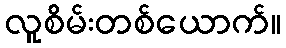
လူစိမ်းတစ်ယောက်။